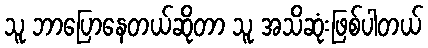
သူ ဘာပြောနေတယ်ဆိုတာ သူ အသိဆုံးဖြစ်ပါတယ်